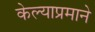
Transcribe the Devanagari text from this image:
केल्याप्रमाने